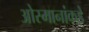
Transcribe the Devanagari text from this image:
ओस्मानांकडे